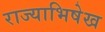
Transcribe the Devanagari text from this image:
राज्याभिषेख